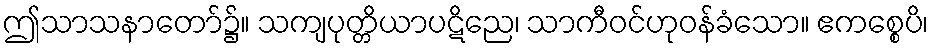
ဤသာသနာတော်၌။ သကျပုတ္တိယာပဋိညေ၊ သာကီဝင်ဟုဝန်ခံသော။ ဧကစ္စေပိ၊